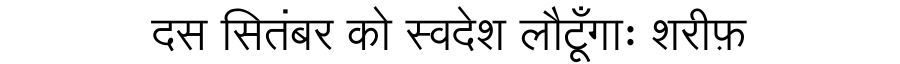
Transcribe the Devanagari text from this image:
दस सितंबर को स्वदेश लौटूँगाः शरीफ़